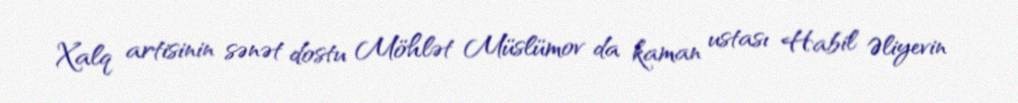
Xalq artisinin sənət dostu Möhlət Müslümov da kaman ustası Habil Əliyevin